Annual report on the Civil Veterinary Department, Burma (including the Insein Veterinary School) - 1923-1931
Year: 1923
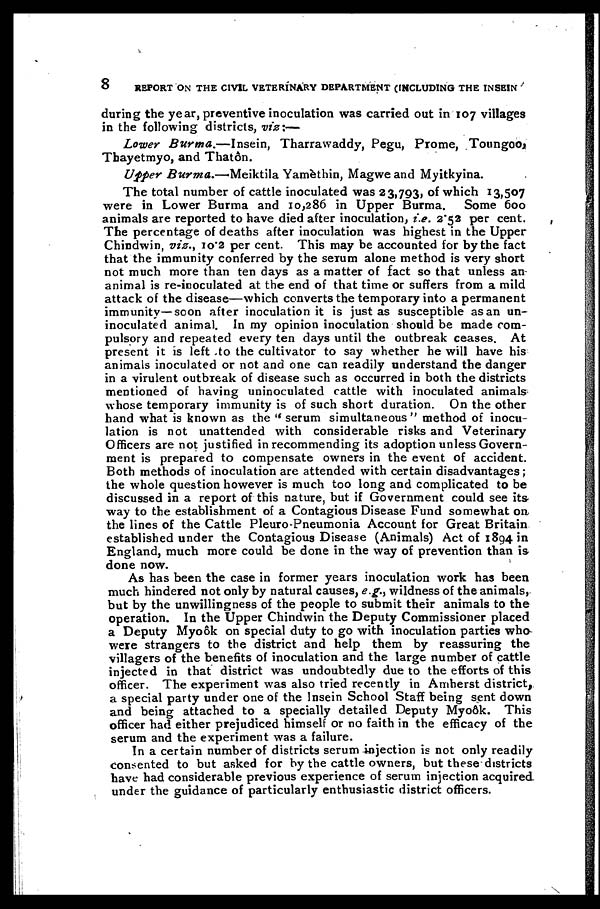
8
REPORT ON THE CIVIL VETERINARY DEPARTMENT (INCLUDING THE INSEIN
during the year, preventive inoculation was carried out in 107 villages
in the following districts, viz:—
Lower Burma.—Insein,
Tharrawaddy, Pegu, Prome, Toungoo,
Thayetmyo, and Thatôn.
Upper Burma.—Meiktila
Yamèthin, Magwe and Myitkyina.
The total number of cattle inoculated was 23,793, of which 13,507
were in Lower Burma and 10,286 in Upper Burma. Some 600
animals are reported to have died after inoculation, i.e. 2.52 per cent.
The percentage of deaths after inoculation was highest in the Upper
Chindwin, viz., 10.2 per cent. This may be accounted for by the fact
that the immunity conferred by the serum alone method is very short
not much more than ten days as a matter of fact so that unless an
animal is re-inoculated at the end of that time or suffers from a mild
attack of the disease—which converts the temporary into a permanent
immunity—soon after inoculation it is just as susceptible as an un-
inoculated animal. In my opinion inoculation should be made com-
pulsory and repeated every ten days until the outbreak ceases. At
present it is left to the cultivator to say whether he will have his
animals inoculated or not and one can readily understand the danger
in a virulent outbreak of disease such as occurred in both the districts
mentioned of having uninoculated cattle with inoculated animals
whose temporary immunity is of such short duration. On the other
hand what is known as the "serum simultaneous" method of inocu-
lation is not unattended with considerable risks and Veterinary
Officers are not justified in recommending its adoption unless Govern-
ment is prepared to compensate owners in the event of accident.
Both methods of inoculation are attended with certain disadvantages;
the whole question however is much too long and complicated to be
discussed in a report of this nature, but if Government could see its
way to the establishment of a Contagious Disease Fund somewhat on.
the lines of the Cattle Pleuro-Pneumonia Account for Great Britain
established under the Contagious Disease (Animals) Act of 1894 in
England, much more could be done in the way of prevention than is
done now.
As has been the case in former years inoculation work has been
much hindered not only by natural causes, e.g., wildness of the animals,
but by the unwillingness of the people to submit their animals to the
operation. In the Upper Chindwin the Deputy Commissioner placed
a Deputy Myoôk on special duty to go with inoculation parties who
were strangers to the district and help them by reassuring the
villagers of the benefits of inoculation and the large number of cattle
injected in that district was undoubtedly due to the efforts of this
officer. The experiment was also tried recently in Amherst district,
a special party under one of the Insein School Staff being sent down
and being attached to a specially detailed Deputy Myoôk. This
officer had either prejudiced himself or no faith in the efficacy of the
serum and the experiment was a failure.
In a certain number of districts serum injection is not only readily
consented to but asked for by the cattle owners, but these districts
have had considerable previous experience of serum injection acquired
under the guidance of particularly enthusiastic district officers.